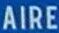
AIRE